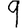
Digit: 9